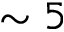
\sim 5